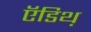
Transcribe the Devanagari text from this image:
ऍडिथ़